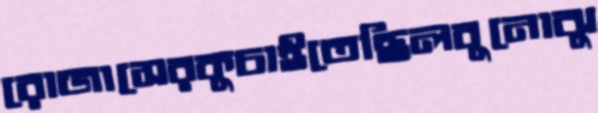
রোজাসেরকুচাইতেছিলবুনোঝু